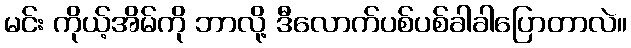
မင်း ကိုယ့်အိမ်ကို ဘာလို့ ဒီလောက်ပစ်ပစ်ခါခါပြောတာလဲ။